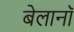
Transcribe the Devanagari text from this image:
बेलानॉ